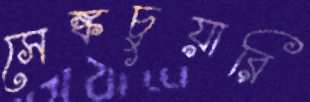
সেঙ্কচুয়ারি